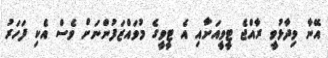
އޭނާ ވިދާޅުވީ ރާއްޖެ ޓީވީއަށާއި އެ ޓީވީގެ މުވައްޒަފުންނަށް ވެސް އެކި ފަހަރު